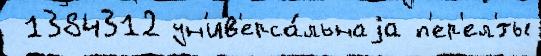
 1384312 ун'ив'ерса́льнаjа п'ер'ел'́ты